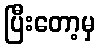
ပြီးတော့မှ